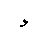
Letter: _waw